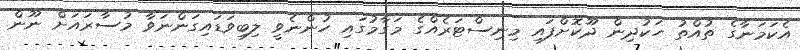
އެކަމަނާގެ ތުއްތު ހަކުދިން ދޫކޮށްފައި މިނިސްޓަރެއްގެ މަގާމުގައި ހުންނެވީ ލިބިވަޑައިގަންނަވާ މުސާރައަށް ނޫން